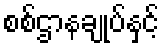
စစ်ဌာနချုပ်နှင့်